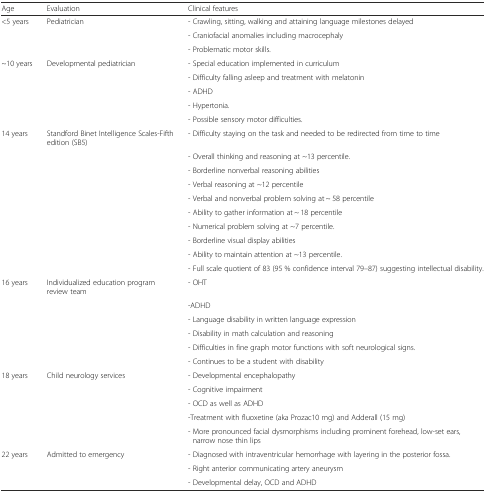
<table><thead><tr><td><b>Age</b></td><td><b>Evaluation</b></td><td><b>Clinical features</b></td></tr></thead><tbody><tr><td>&lt;5 years</td><td>Pediatrician</td><td>- Crawling, sitting, walking and attaining language milestones delayed</td></tr><tr><td></td><td></td><td>- Craniofacial anomalies including macrocephaly</td></tr><tr><td></td><td></td><td>- Problematic motor skills.</td></tr><tr><td>~10 years</td><td>Developmental pediatrician</td><td>- Special education implemented in curriculum</td></tr><tr><td></td><td></td><td>- Difficulty falling asleep and treatment with melatonin</td></tr><tr><td></td><td></td><td>- ADHD</td></tr><tr><td></td><td></td><td>- Hypertonia.</td></tr><tr><td></td><td></td><td>- Possible sensory motor difficulties.</td></tr><tr><td>14 years</td><td>Standford Binet Intelligence Scales-Fifth edition (SB5)</td><td>- Difficulty staying on the task and needed to be redirected from time to time</td></tr><tr><td></td><td></td><td>- Overall thinking and reasoning at ~13 percentile.</td></tr><tr><td></td><td></td><td>- Borderline nonverbal reasoning abilities</td></tr><tr><td></td><td></td><td>- Verbal reasoning at ~12 percentile</td></tr><tr><td></td><td></td><td>- Verbal and nonverbal problem solving at ~ 58 percentile</td></tr><tr><td></td><td></td><td>- Ability to gather information at ~ 18 percentile</td></tr><tr><td></td><td></td><td>- Numerical problem solving at ~7 percentile.</td></tr><tr><td></td><td></td><td>- Borderline visual display abilities</td></tr><tr><td></td><td></td><td>- Ability to maintain attention at ~13 percentile.</td></tr><tr><td></td><td></td><td>- Full scale quotient of 83 (95 % confidence interval 79–87) suggesting intellectual disability.</td></tr><tr><td>16 years</td><td>Individualized education program review team</td><td>- OHT</td></tr><tr><td></td><td></td><td>-ADHD</td></tr><tr><td></td><td></td><td>- Language disability in written language expression</td></tr><tr><td></td><td></td><td>- Disability in math calculation and reasoning</td></tr><tr><td></td><td></td><td>- Difficulties in fine graph motor functions with soft neurological signs.</td></tr><tr><td></td><td></td><td>- Continues to be a student with disability</td></tr><tr><td>18 years</td><td>Child neurology services</td><td>- Developmental encephalopathy</td></tr><tr><td></td><td></td><td>- Cognitive impairment</td></tr><tr><td></td><td></td><td>- OCD as well as ADHD</td></tr><tr><td></td><td></td><td>-Treatment with fluoxetine (aka Prozac10 mg) and Adderall (15 mg)</td></tr><tr><td></td><td></td><td>- More pronounced facial dysmorphisms including prominent forehead, low-set ears, narrow nose thin lips</td></tr><tr><td>22 years</td><td>Admitted to emergency</td><td>- Diagnosed with intraventricular hemorrhage with layering in the posterior fossa.</td></tr><tr><td></td><td></td><td>- Right anterior communicating artery aneurysm</td></tr><tr><td></td><td></td><td>- Developmental delay, OCD and ADHD</td></tr></tbody></table>